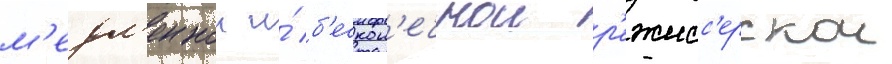
м'едл'еннои и́ б'ескон'ечнои р'ежисс'ерскои